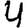
Digit: 4